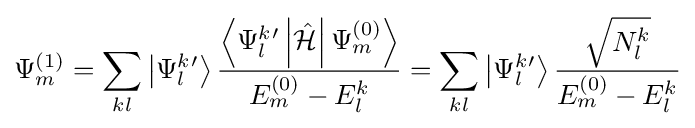
\Psi _{m}^{(1)}=\sum _{kl}\left|\Psi _{l}^{k}{}^{\prime }\right\rangle {\frac {\left\langle \Psi _{l}^{k}{}^{\prime }\left|{\hat {\mathcal {H}}}\right|\Psi _{m}^{(0)}\right\rangle }{E_{m}^{(0)}-E_{l}^{k}}}=\sum _{kl}\left|\Psi _{l}^{k}{}^{\prime }\right\rangle {\frac {\sqrt {N_{l}^{k}}}{E_{m}^{(0)}-E_{l}^{k}}}